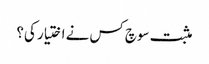
مثبت سوچ کس نے اختیار کی؟